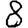
Digit: 8